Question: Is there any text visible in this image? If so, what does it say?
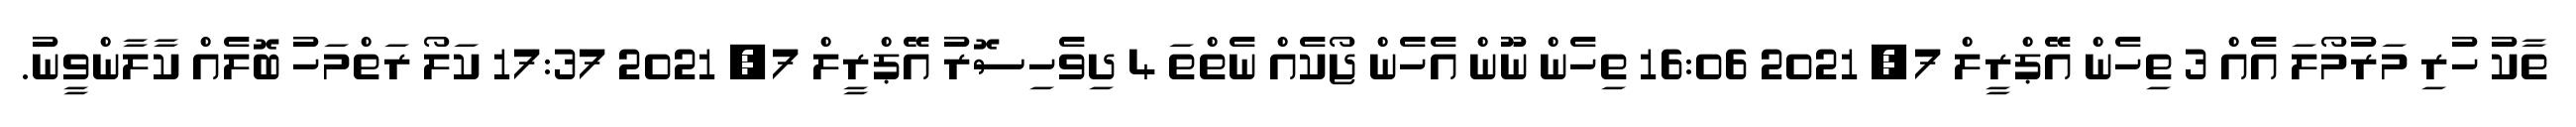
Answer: ތާކު ހުރި މަރުމޯލަ އެއް 3 ތިހެން އޭޕްރީލް 7, 2021 16:06 ތިހެން ނޫން އެހެން ޖޯކެއް ނެތްތަ 4 ދިވެހިސޮރު އޭޕްރީލް 7, 2021 17:37 ކަލޯ ރަތްމަހު ބޮލެއް ކާލާންވީނު.